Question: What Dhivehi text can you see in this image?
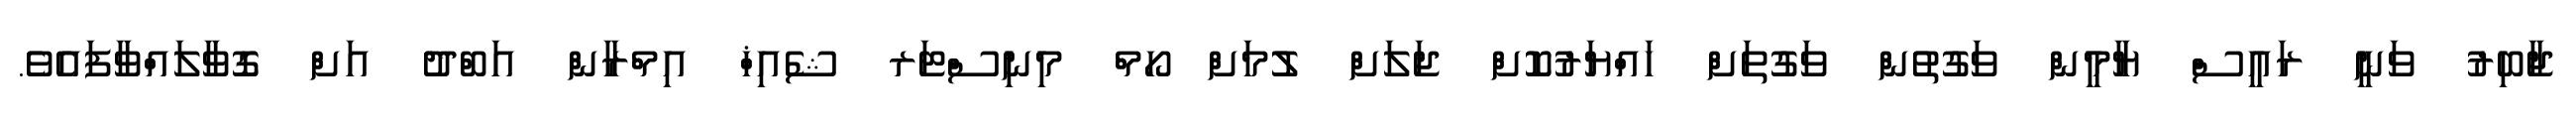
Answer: ޖާބިރު ވަނީ ރައީސް ޔާމީން ވަގުތުން ވަގުތަށް ހައްޔަރުކޮށް ޖަލަށް ލުމަށް ހޯމް މިނިސްޓަރ ޝެއިޚް އިމްރާން އަބްދު އަށް ގޮވާލައްވާފައެވެ.